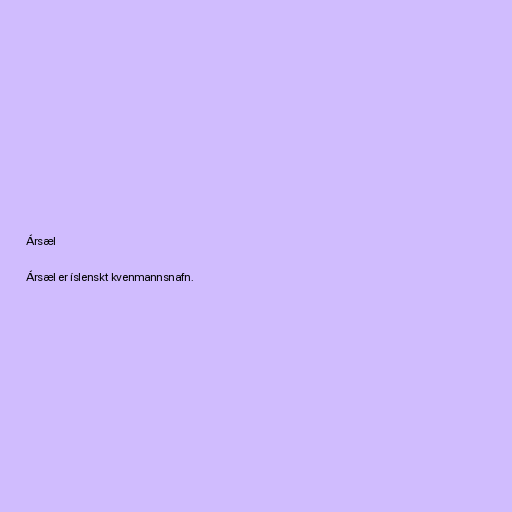
Ársæl

Ársæl er íslenskt kvenmannsnafn.